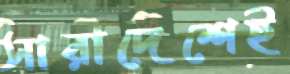
সারাদেশেই